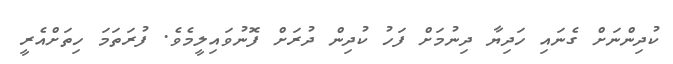
ކުދިންނަށް ގެނައި ހަދިޔާ ދިނުމަށް ފަހު ކުދިން ދުރަށް ފޮނުވައިލީމެވެ. ފުރަތަމަ ހިތަށްއެރީ